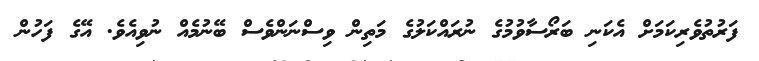
ފަރުތުވެރިކަމަށް އެކަނި ބަރޯސާވުމުގެ ނުރައްކަލުގެ މަތިން ވިސްނަންވެސް ބޭނުމެއް ނުވިއެވެ. އޭގެ ފަހުން